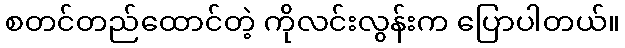
စတင်တည်ထောင်တဲ့ ကိုလင်းလွန်းက ပြောပါတယ်။